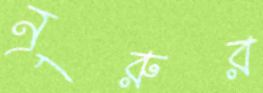
নূরুর